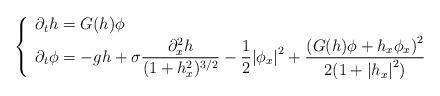
LaTeX: \begin{align*}\left\{\begin{array}{l}\partial_t h = G(h) \phi\\\partial_t \phi = - g h + \sigma \dfrac{\partial_x^2 h}{ (1+h_x^2)^{3/2} } - \dfrac{1}{2} {|\phi_x|}^2 + \dfrac{{\left( G(h)\phi + h_x \phi_x \right)}^2}{2(1+{|h_x|}^2)}\end{array}\right.\end{align*}